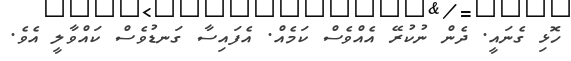
ހޮޅި ގެނައީ. ދެން ނުކުރޭ އެެއްވެސް ކަމެއް. އެފައިސާ ގަނޑުވެސް ކައްވާލީ އެވެ.